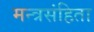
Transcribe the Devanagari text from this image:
मन्त्रसंहिता